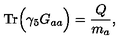
\mathrm { T r } \Big ( \gamma _ { 5 } G _ { a a } \Big ) = \frac { Q } { m _ { a } } ,